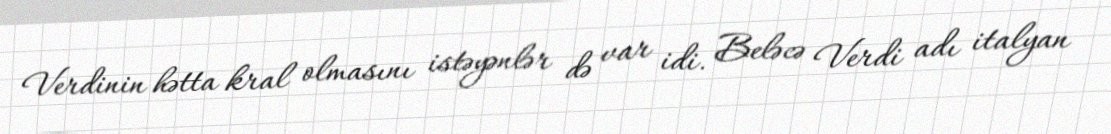
Verdinin hətta kral olmasını istəyənlər də var idi. Beləcə Verdi adı italyan